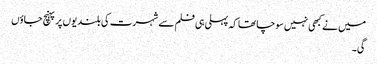
میں نے کبھی نہیں سوچا تھا کہ پہلی ہی فلم سے شہرت کی بلندیوں پر پہنچ جاؤں
گی۔